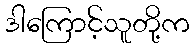
ဒါကြောင့်သူတို့က